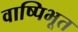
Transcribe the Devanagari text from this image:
वाष्पिभूत